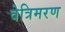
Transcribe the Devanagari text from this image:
वेत्रिमरण